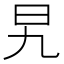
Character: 旯